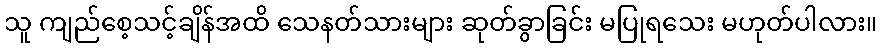
သူ ကျည်စေ့သင့်ချိန်အထိ သေနတ်သားများ ဆုတ်ခွာခြင်း မပြုရသေး မဟုတ်ပါလား။